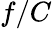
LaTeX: f/C